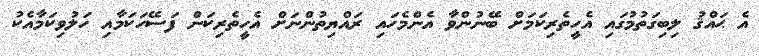
އެ ޙައްޤު ލިބިގަތުމުގައި އެހީތެރިކަމަށް ބޭނުންވާ އެންމެހައި ރައްޔިތުންނަށް އެހީތެރިކަން ފަސޭހަކަމާއި ހަލުވިކަމާއެކު